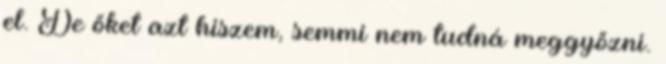
el. De őket azt hiszem, semmi nem tudná meggyőzni.